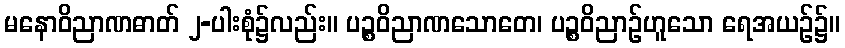
မနောဝိညာဏဓာတ် ၂-ပါးစုံ၌လည်း။ ပဉ္စဝိညာဏသောတေ၊ ပဉ္စဝိညာဉ်ဟူသော ရေအယဉ်၌။